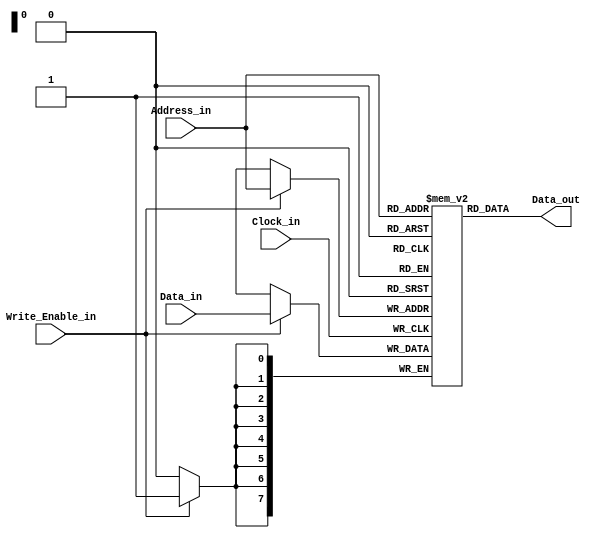
module Distributed_RAM(
	 Clock_in,
	 Write_Enable_in,
	 Address_in,
	 Data_in,
	 Data_out
    );
	 
parameter AddressWidth = 8;
parameter DataWidth = 8;
parameter Depth = 256;	 
	 
input	Clock_in;
input	Write_Enable_in;
input [AddressWidth-1:0]Address_in;
input [DataWidth-1:0]Data_in;
output [DataWidth-1:0]Data_out;

(* ram_style = "distributed" *)
reg [DataWidth-1:0] RAM [Depth-1:0];

integer i;
initial begin
    for (i = 0; i < Depth; i = i + 1) begin
        RAM[i] = {DataWidth{1'b0}};
    end
end

always @ (posedge Clock_in) begin
	if (Write_Enable_in) begin
		RAM[Address_in]<=Data_in;
	end
end

assign Data_out = RAM[Address_in];

endmodule